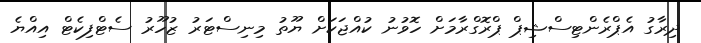
ދިރާގު އެޕްރެންޓިސްޝިޕް ޕްރޮގްރާމަށް ހޮވުނު ކުއްޖަކަށް ޔޫތު މިނިސްޓަރު ޒުހޫރު ސެޓްފިކެޓް އިއްޔެ